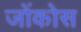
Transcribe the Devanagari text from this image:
जोंकोस